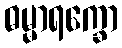
ဓမ္မာရက္ခော